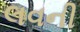
લવની